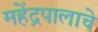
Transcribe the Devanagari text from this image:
महेंद्रपालाचे